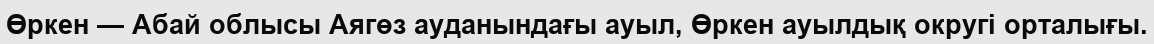
Өркен — Абай облысы Аягөз ауданындағы ауыл, Өркен ауылдық округі орталығы.